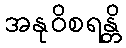
အနုဝိစရန္တိ